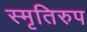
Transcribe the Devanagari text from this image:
स्मृतिरुप